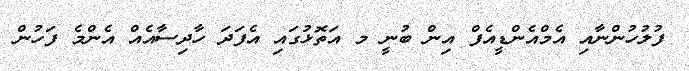
ފުލުހުންނާއި އެމްއެންޑީއެފް އިން ބުނީ މ އަތޮޅުގައި އެފަދަ ހާދިސާއެއް އެންމެ ފަހުން